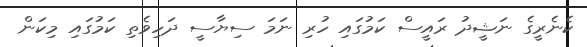
ކެނެރީގެ ނަޝީދު ރައީސް ކަމުގައި ހުރި ނަމަ ސިޔާސީ ދަހިވެތި ކަމުގައި މިކަން